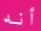
أنه